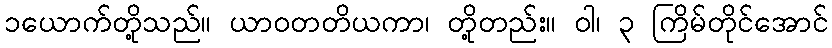
၁ယောက်တို့သည်။ ယာဝတတိယကာ၊ တို့တည်း။ ဝါ၊ ၃ ကြိမ်တိုင်အောင်